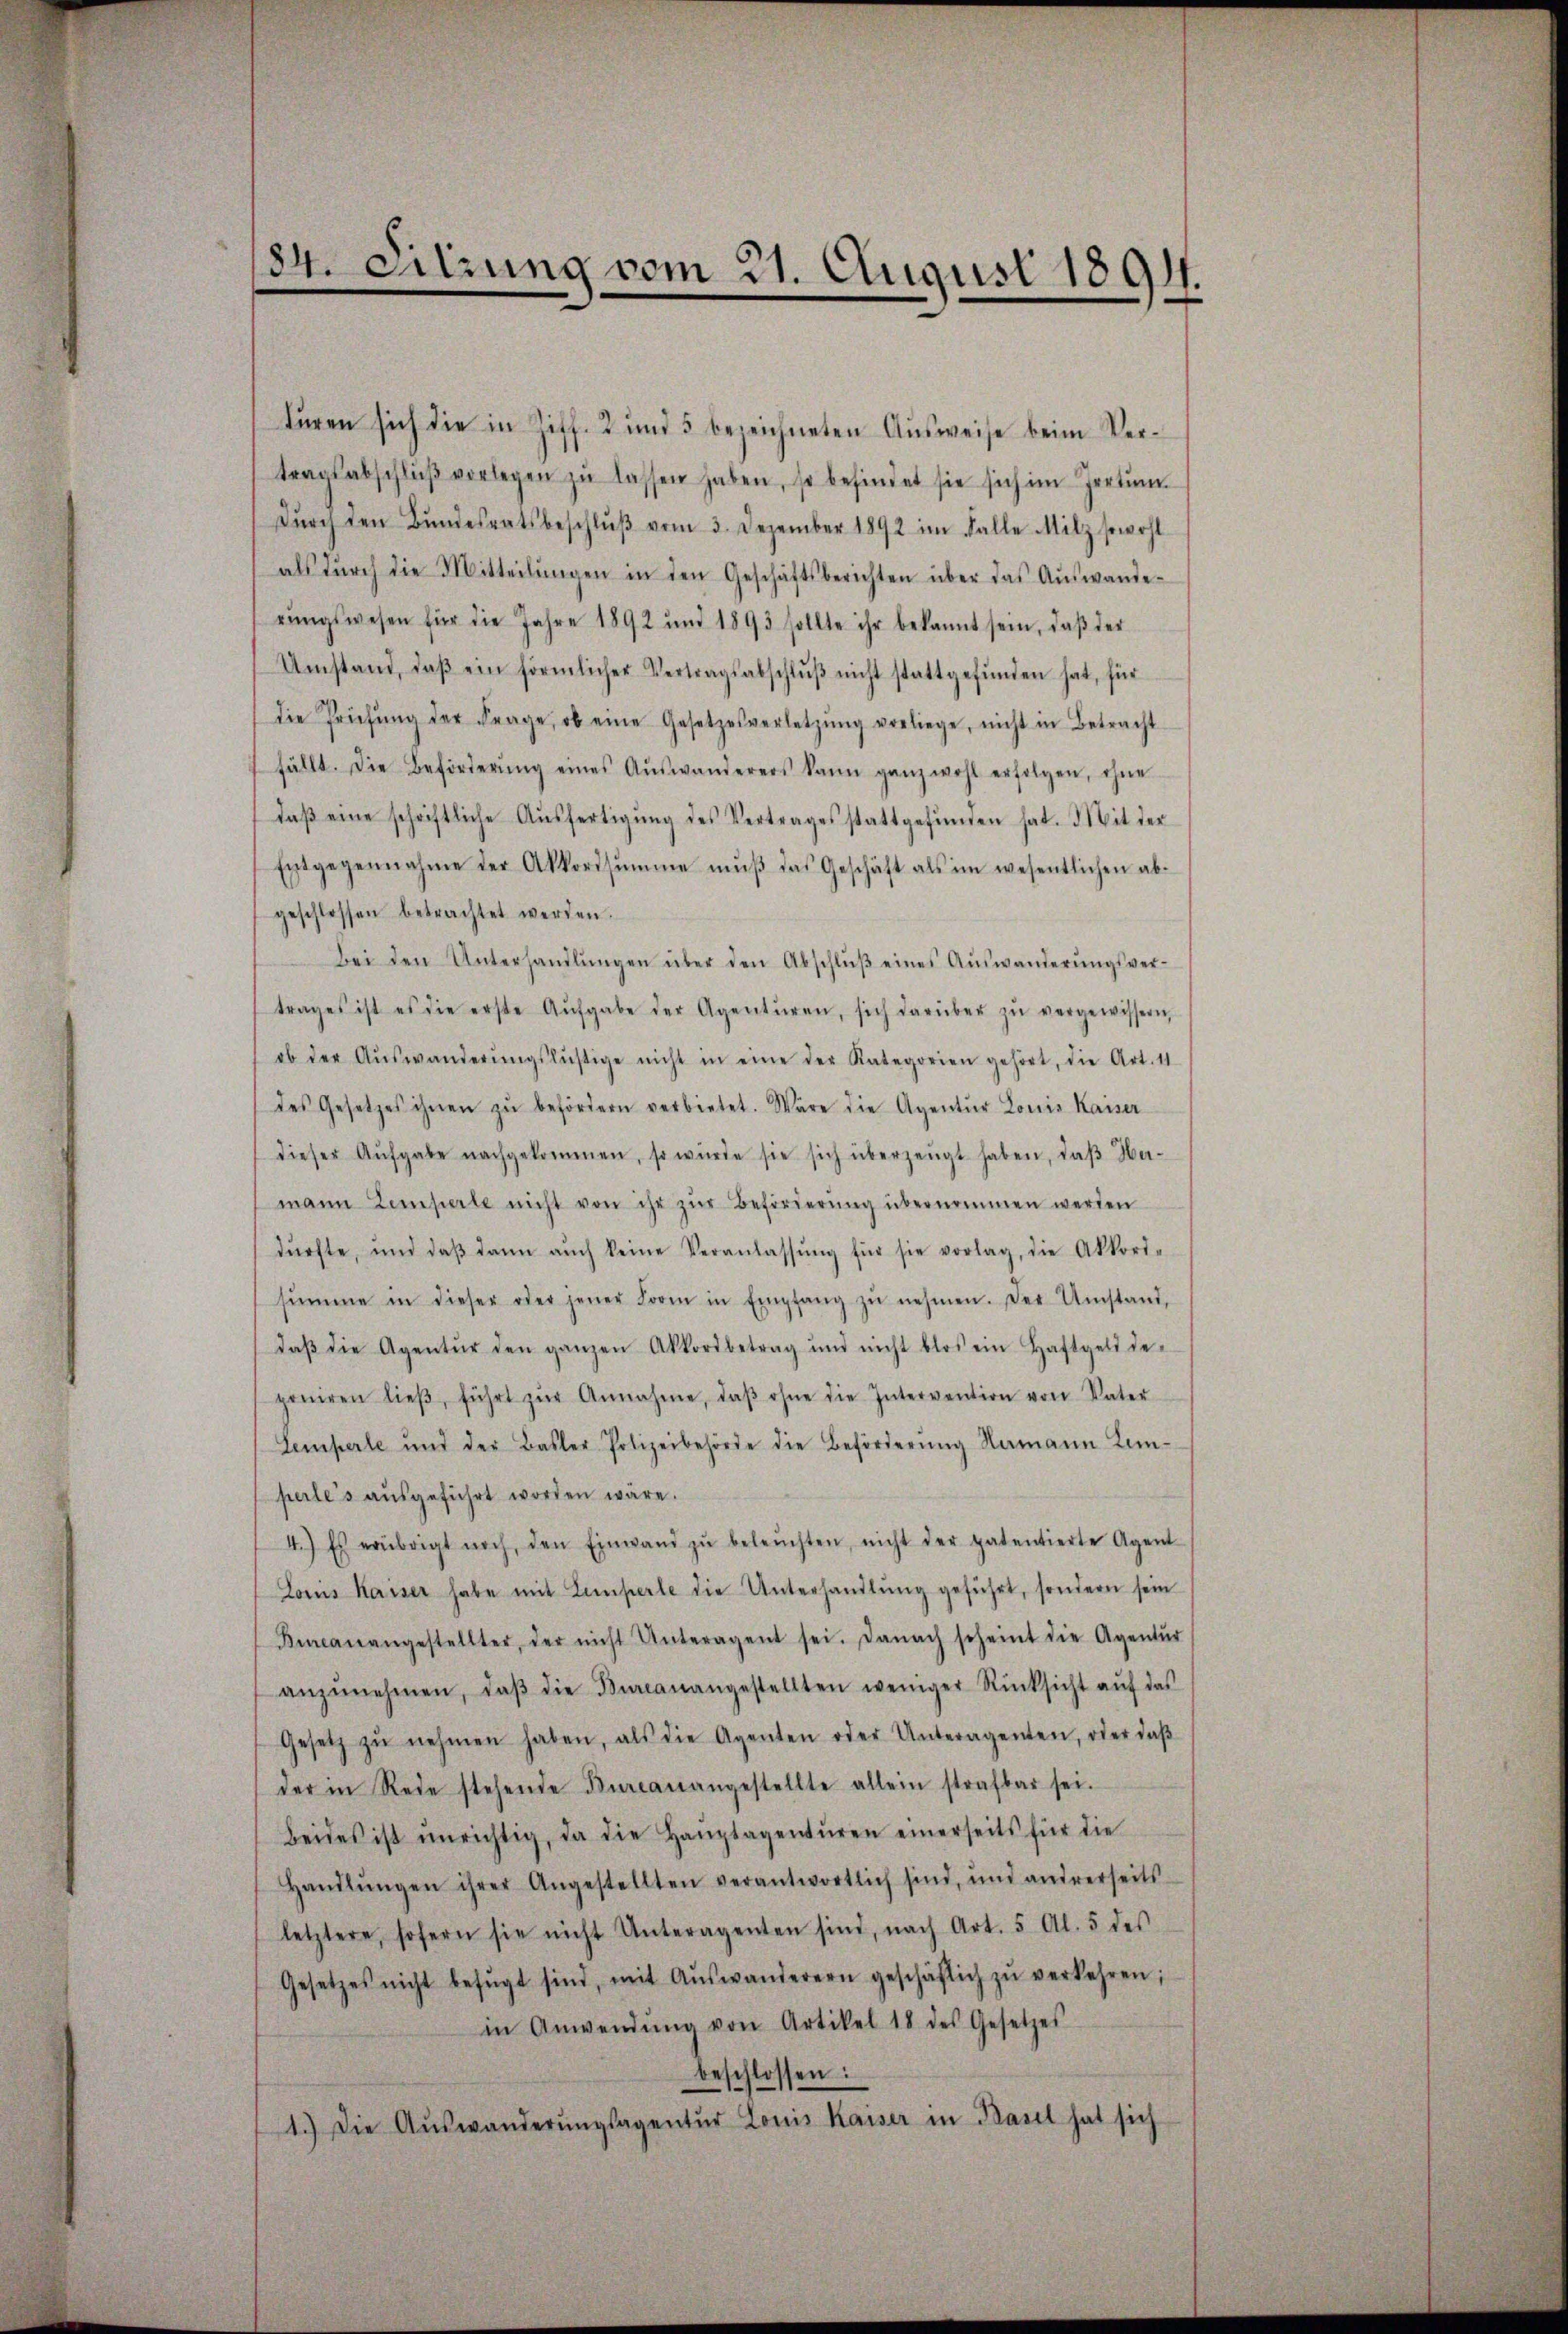
turen sich die in Ziff. 2 und 5 bezeichneten Aŭsweise beim Vertragsabschlŭβ vorlegen zŭ lassen haben, so befindet sie sich im Irrtum
dŭrch den Bŭndesratsbeschlŭβ vom 3. Dezember 1892 im Falle Milz sowohl
als dŭrch die Mitteilŭngen in den Geschäftsberichten über das Aŭswande-
rŭngswesen für die Jahre 1892 und 1893 sollte ihr bekannt sein, daβ der
Umstand, daβ ein förmlicher Vertragsabschlŭβ nicht stattgefŭnden hat, für
die Prüfŭng der Frage, ob eine Gesetzesverletzŭng vorliege, nicht in Betracht
fällt. Die Beförderŭng eines Aŭswanderers kann ganz wohl erfolgen, ohne
daβ eine schriftliche Aŭsfertigŭng des Vertrages stattgefŭnden hat. Mit der
Entgegennahme der Akkordsumme mŭβ das Geschäft als im wesentlichen ab-
geschlossen betrachtet werden.
Bei den Unterhandlŭngen über den Abschlŭβ eines Aŭswanderŭngsver-
trages ist es die erste Aufgabe der Agenturen, sich darüber zŭ vergewissern,
ob der Aŭswanderŭngslustige nicht in eine der Kategorien gehört, die Art. 11
des Gesetzes ihnen zŭ befördern verbietet. Wäre die Agentur Louis Kaiser
dieser Aufgabe nachgekommen, so würde sie sich überzeugt haben, daß Hamann temperte nicht von ihr zur Beförderung übernommen werden
dürfte, und daβ dann aŭch keine Veranlassŭng für sie vorlag, die Akkord-
summe in dieser oder jener Form in Empfang zŭ nehmen. Der Umstand,
daβ die Agentur den ganzen Akkordbetrag und nicht blos ein Haftgeld de
poniren lieβ, führt zŭr Annahme, daβ ohne die Intervention von Vater
Temperle und der Basler Polizeibehörde die Beförderŭng Namann Lem-
perles aŭsgeführt worden wäre.
4.) Es erübrigt noch, den Einwand zŭ beleŭchten, nicht der patentierte Agent
Lors Kaiser habe mit Lemperte die Unterhandlung geführt, sondern sein
Bureau angestellter, der nicht Unteragent sei. Danach scheint die Agentŭr
anzŭnehmen, daβ die Burcanangestellten weniger Rücksicht aŭf das
Gesetz zŭ nehmen haben, als die Agenten oder Unteragenten, oder daβ
der in Rede stehende Burcanangestellte allein strafbar sei.
Beides ist unrichtig, da die Haŭptagentŭren einerseits für die
Handlŭngen ihrer Angestellten verantwortlich sind, und andrerseits
letztere, sofern sie nicht Unteragenten sind, nach Art. 5 Al. 5 des
Gesetzes nicht befŭgt sind, mit Aŭswanderern geschäflich zŭ verkehren;
in Anwendŭng von Artikel 18 des Gesetzes
beschlossen:
1.) Die Auswanderŭngsagentur Louis Kaiser in Basel hat sich

184. Sitzung vom 21. August 1891.
e
e
x